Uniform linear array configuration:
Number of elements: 64
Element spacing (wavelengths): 0.25
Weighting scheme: exponential
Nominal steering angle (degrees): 15
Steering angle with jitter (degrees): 16.776
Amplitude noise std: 0.05
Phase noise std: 0.05

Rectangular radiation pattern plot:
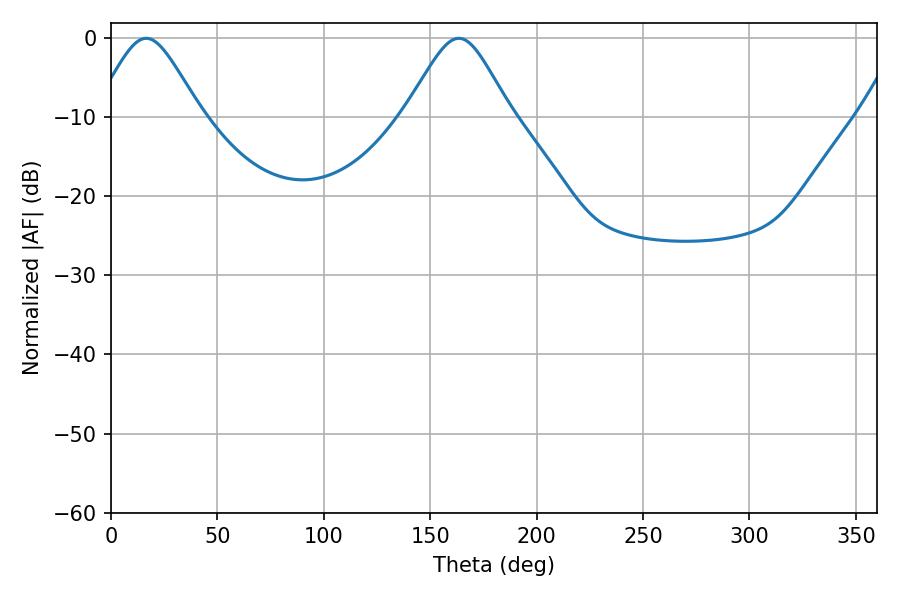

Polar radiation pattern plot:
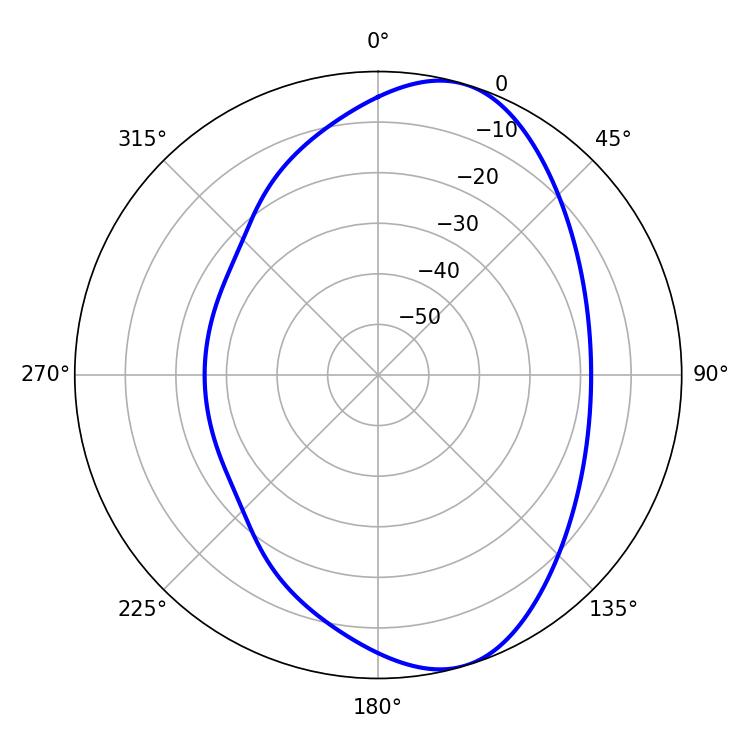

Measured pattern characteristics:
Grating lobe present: FALSE
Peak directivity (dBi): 8.218
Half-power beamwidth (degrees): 24.12
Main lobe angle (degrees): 16.56